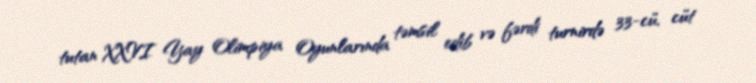
tutan XXVI Yay Olimpiya Oyunlarında təmsil edib və fərdi turnirdə 33-cü, cüt